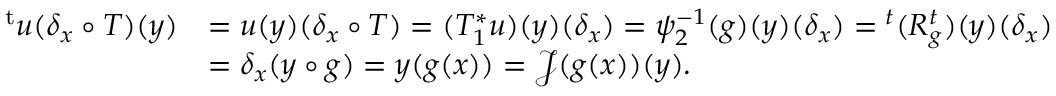
\begin{array} { r l } { { ^ { \mathrm { t } } u } ( \delta _ { x } \circ T ) ( y ) } & { = u ( y ) ( \delta _ { x } \circ T ) = ( T _ { 1 } ^ { \ast } u ) ( y ) ( \delta _ { x } ) = \psi _ { 2 } ^ { - 1 } ( g ) ( y ) ( \delta _ { x } ) = { ^ { t } ( R _ { g } ^ { t } ) } ( y ) ( \delta _ { x } ) } \\ & { = \delta _ { x } ( y \circ g ) = y ( g ( x ) ) = \mathcal { J } ( g ( x ) ) ( y ) . } \end{array}